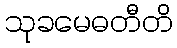
သုခမေဓတီတိ